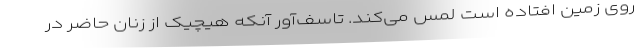
روی زمین افتاده است لمس می‌کند. تاسف‌آور آنکه هیچیک از زنان حاضر در